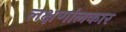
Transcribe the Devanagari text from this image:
लक्षणांलकार